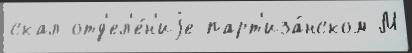
скал отд'ел'е́н'иjе парт'иза́нском М